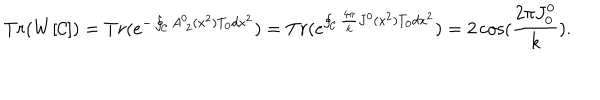
T r ( W [ { \cal C } ] ) = T r ( e ^ { - \oint _ { \cal C } A _ { \ 2 } ^ { 0 } ( x ^ { 2 } ) T _ { 0 } d x ^ { 2 } } ) = T r ( e ^ { \oint _ { \cal C } \frac { 4 \pi } { k } J ^ { 0 } ( x ^ { 2 } ) T _ { 0 } d x ^ { 2 } } ) = 2 \cos ( { \frac { 2 \pi J _ { 0 } ^ { 0 } } { k } } ) .